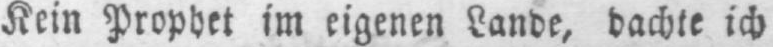
Kein Prophet im eigenen Lande, dachte ich